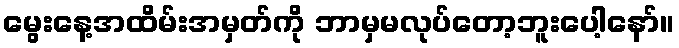
မွေးနေ့အထိမ်းအမှတ်ကို ဘာမှမလုပ်တော့ဘူးပေါ့နော်။